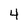
Character: 4